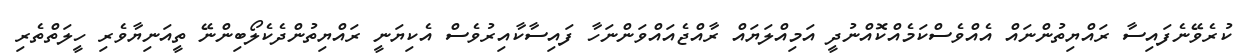
ކުރެވޭނެފައިސާާ ރައްޔިތުންނައްް އެއްވެސްކަމެއްކޮއްނުދީީ އަމިއްލަޔައްް ރާއްޖެއައްވަންނަހާާ ފައިސާކާއިރުވެސްް އެކިޔަނީީ ރައްޔިތުންދެކެލޯބިންނޭޭ ތީއަނިޔާވެރިި ހީލަތްތެރިި